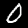
Digit: 0